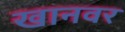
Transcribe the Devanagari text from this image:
खानवर